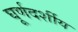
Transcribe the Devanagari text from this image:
घूर्णदर्शीय